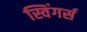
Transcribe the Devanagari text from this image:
स्विंगर्स